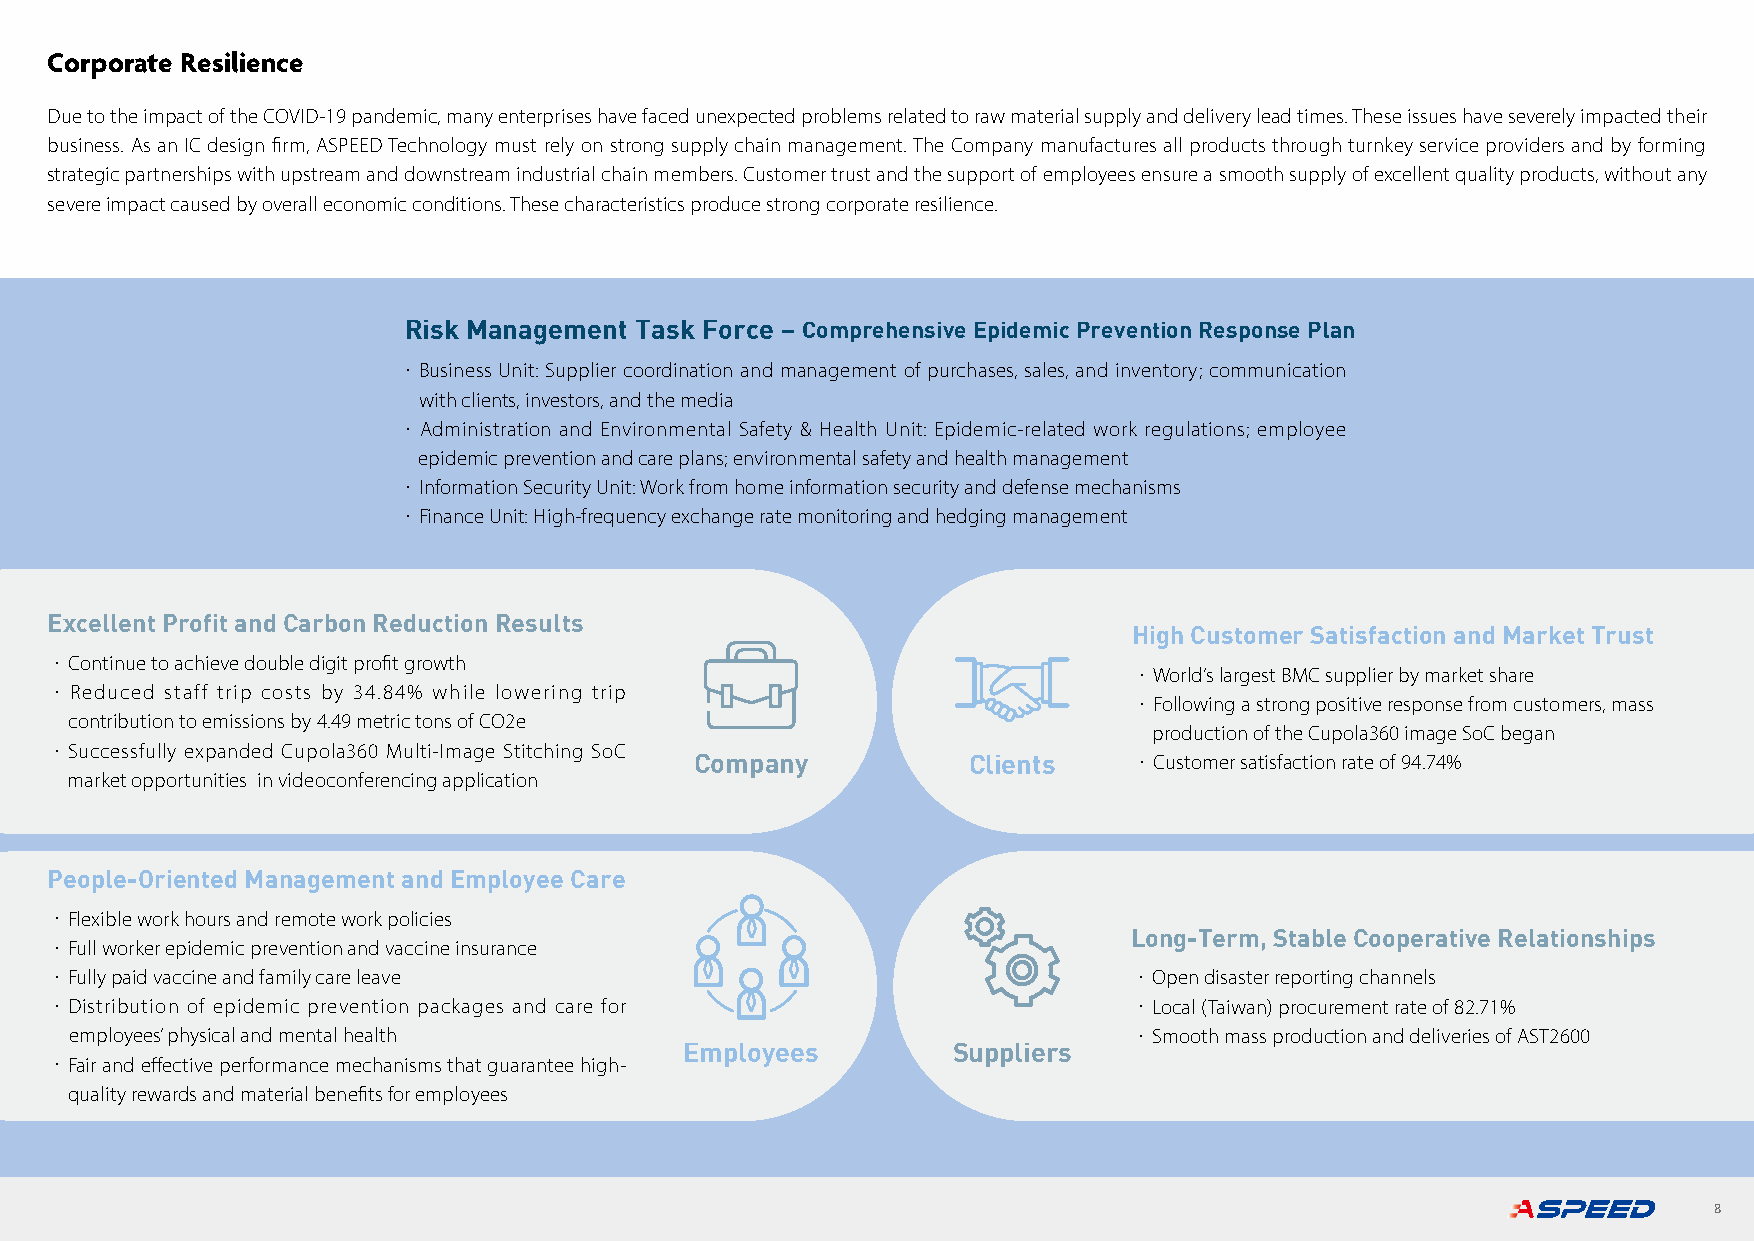
Corporate Resilience
 Due to the impact of the COVID-19 pandemic, many enterprises have faced unexpected problems related to raw material supply and delivery lead times. These issues have severely impacted their
 business. As an IC design firm, ASPEED Technology must rely on strong supply chain management. The Company manufactures all products through turnkey service providers and by forming
 strategic partnerships with upstream and downstream industrial chain members. Customer trust and the support of employees ensure a smooth supply of excellent quality products, without any
 severe impact caused by overall economic conditions. These characteristics produce strong corporate resilience.
 Risk Management Task Force – Comprehensive Epidemic Prevention Response Plan
 ・Business Unit: Supplier coordination and management of purchases, sales, and inventory; communication
 with clients, investors, and the media
 ・Administration and Environmental Safety & Health Unit: Epidemic-related work regulations; employee
 epidemic prevention and care plans; environmental safety and health management
 ・Information Security Unit: Work from home information security and defense mechanisms
 ・Finance Unit: High-frequency exchange rate monitoring and hedging management
 Excellent Profit and Carbon Reduction Results
 High Customer Satisfaction and Market Trust
 ・Continue to achieve double digit profit growth
 ・World’s largest BMC supplier by market share
 ・Reduced staff trip costs by 34.84% while lowering trip
 ・Following a strong positive response from customers, mass
 contribution to emissions by 4.49 metric tons of CO2e
 production of the Cupola360 image SoC began
 ・Successfully expanded Cupola360 Multi-Image Stitching SoC
 Company           Clients    ・Customer satisfaction rate of 94.74%
 market opportunities in videoconferencing application
 People-Oriented Management and Employee Care
 ・Flexible work hours and remote work policies
 Long-Term, Stable Cooperative Relationships
 ・Full worker epidemic prevention and vaccine insurance
 ・Fully paid vaccine and family care leave                               ・Open disaster reporting channels
 ・Distribution of epidemic prevention packages and care for              ・Local (Taiwan) procurement rate of 82.71%
 employees’ physical and mental health                                 ・Smooth mass production and deliveries of AST2600
 Employees         Suppliers
 ・Fair and effective performance mechanisms that guarantee high-
 quality rewards and material benefits for employees
 8